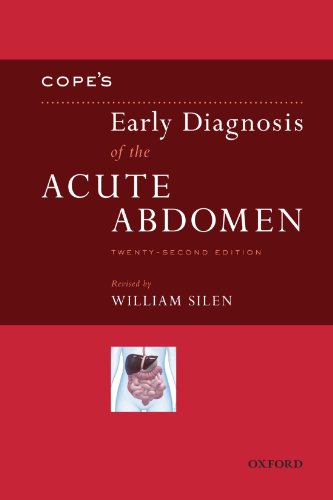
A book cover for Cope's Early Diagnosis of the Acute Abdomen (Silen, Early Diagnosis of the Acute Abdomen); Medical Books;